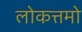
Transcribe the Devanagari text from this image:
लोकत्तमो